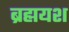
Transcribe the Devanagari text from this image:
ब्रह्मयश